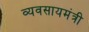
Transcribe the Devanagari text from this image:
व्यवसायमंत्री